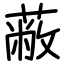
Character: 蔽